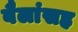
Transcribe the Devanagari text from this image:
बैलांसह